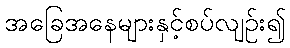
အခြေအနေများနှင့်စပ်လျဉ်း၍